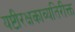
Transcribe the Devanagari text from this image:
यष्टीरक्षकाव्यतिरीक्त